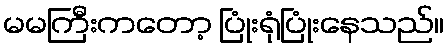
မမကြီးကတော့ ပြုံးရုံပြုံးနေသည်။